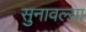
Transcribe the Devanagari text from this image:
सुनावल्या